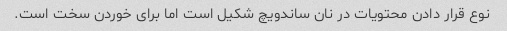
نوع قرار دادن محتویات در نان ساندویچ شکیل است اما برای خوردن سخت است.